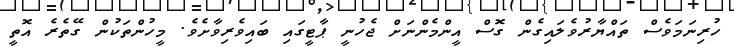
ހުރިނަމަވެސް ތައްޔާރުވެލައިގެން ގޮސް އީންމެންނަށް ޖެހުނީ ޕާޓީގައި ބައިވެރިވާށެވެ. މީހުންތަކުން ގޭތެރެ އޮތީ